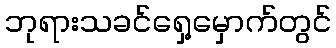
ဘုရားသခင်ရှေ့မှောက်တွင်